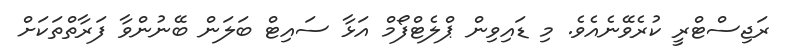
ރަޖިސްޓްރީ ކުރެވޭނެއެވެ. މި ޑައިވިން ޕްލެޓްފޯމް އަޅާ ސައިޓް ބަލަން ބޭނުންވާ ފަރާތްތަކަށް